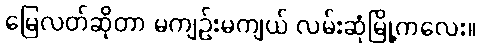
မြေလတ်ဆိုတာ မကျဉ်းမကျယ် လမ်းဆုံမြို့ကလေး။